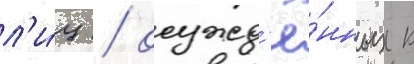
л'и́ц / осужд'ё́нных к